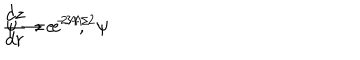
LaTeX: { \frac { d z } { d r } } = e ^ { 2 A } , \hspace { 1 c m } \psi \rightarrow e ^ { - 3 A / 2 } \psi